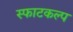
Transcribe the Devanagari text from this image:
स्फाटकल्प